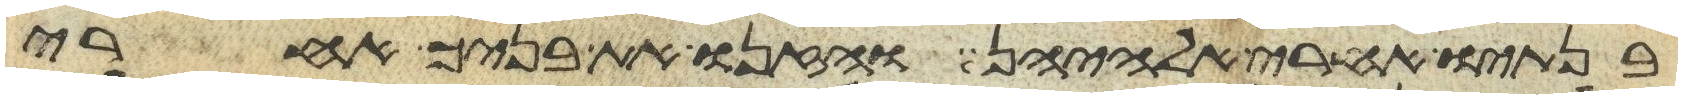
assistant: בנתיו אחרי אלהיהן והזנו את בניך אחרי